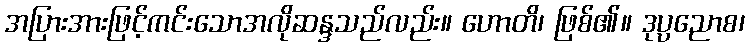
အပြားအားဖြင့်ကင်းသောအလိုဆန္ဒသည်လည်း။ ဟောတိ၊ ဖြစ်၏။ ဒုပ္ပညောစ၊